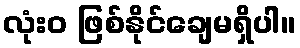
လုံးဝ ဖြစ်နိုင်ချေမရှိပါ။